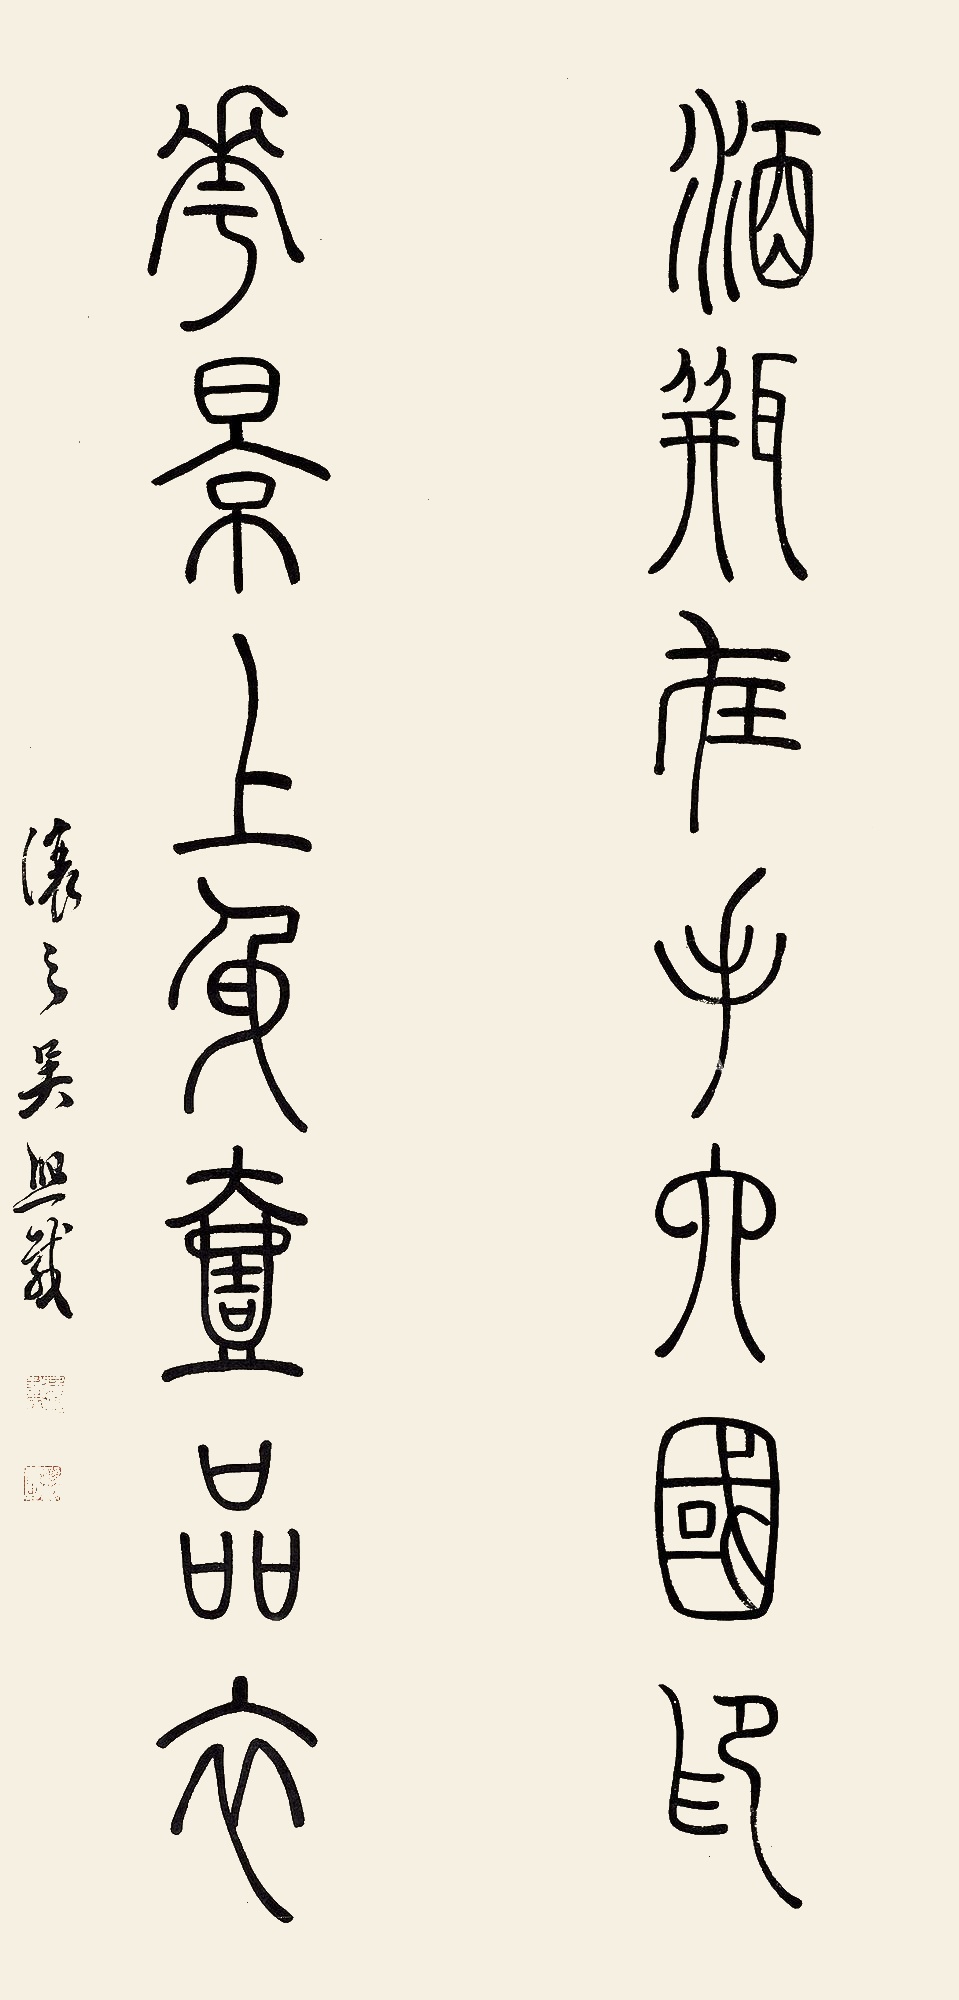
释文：酒瓶在手六国印，花影上身一品衣。让之吴熙载。